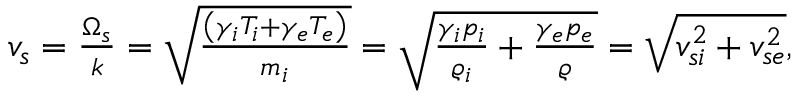
\begin{array} { r } { v _ { s } = \frac { \Omega _ { s } } { k } = \sqrt { \frac { \left( \gamma _ { i } T _ { i } + \gamma _ { e } T _ { e } \right) } { m _ { i } } } = \sqrt { \frac { \gamma _ { i } p _ { i } } { \varrho _ { i } } + \frac { \gamma _ { e } p _ { e } } { \varrho } } = \sqrt { v _ { s i } ^ { 2 } + v _ { s e } ^ { 2 } } , } \end{array}